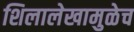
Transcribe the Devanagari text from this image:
शिलालेखामुळेच